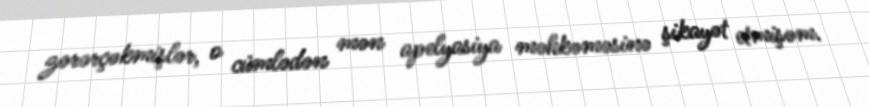
zərərçəkmişlər, o cümlədən mən apelyasiya məhkəməsinə şikayət etmişəm.